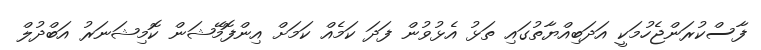
ފާސްކުރަންޖެހުމަކީ އަދަބިއްޔާތުގައި ތަޅު އެޅުވުން ފަދަ ކަމެއް ކަމަށް އިންފޮމޭޝަން ކޮމިޝަނަރު އަބްދުލް